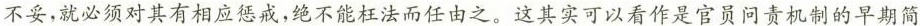
不妥，就必须对其有相应惩戒，绝不能枉法而任由之。这其实可以看作是官员问责机制的早期简